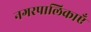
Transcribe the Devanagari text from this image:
नगरपालिकाएँ